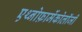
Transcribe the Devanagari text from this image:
एथ्नोफ़ार्मेकोलॉजी